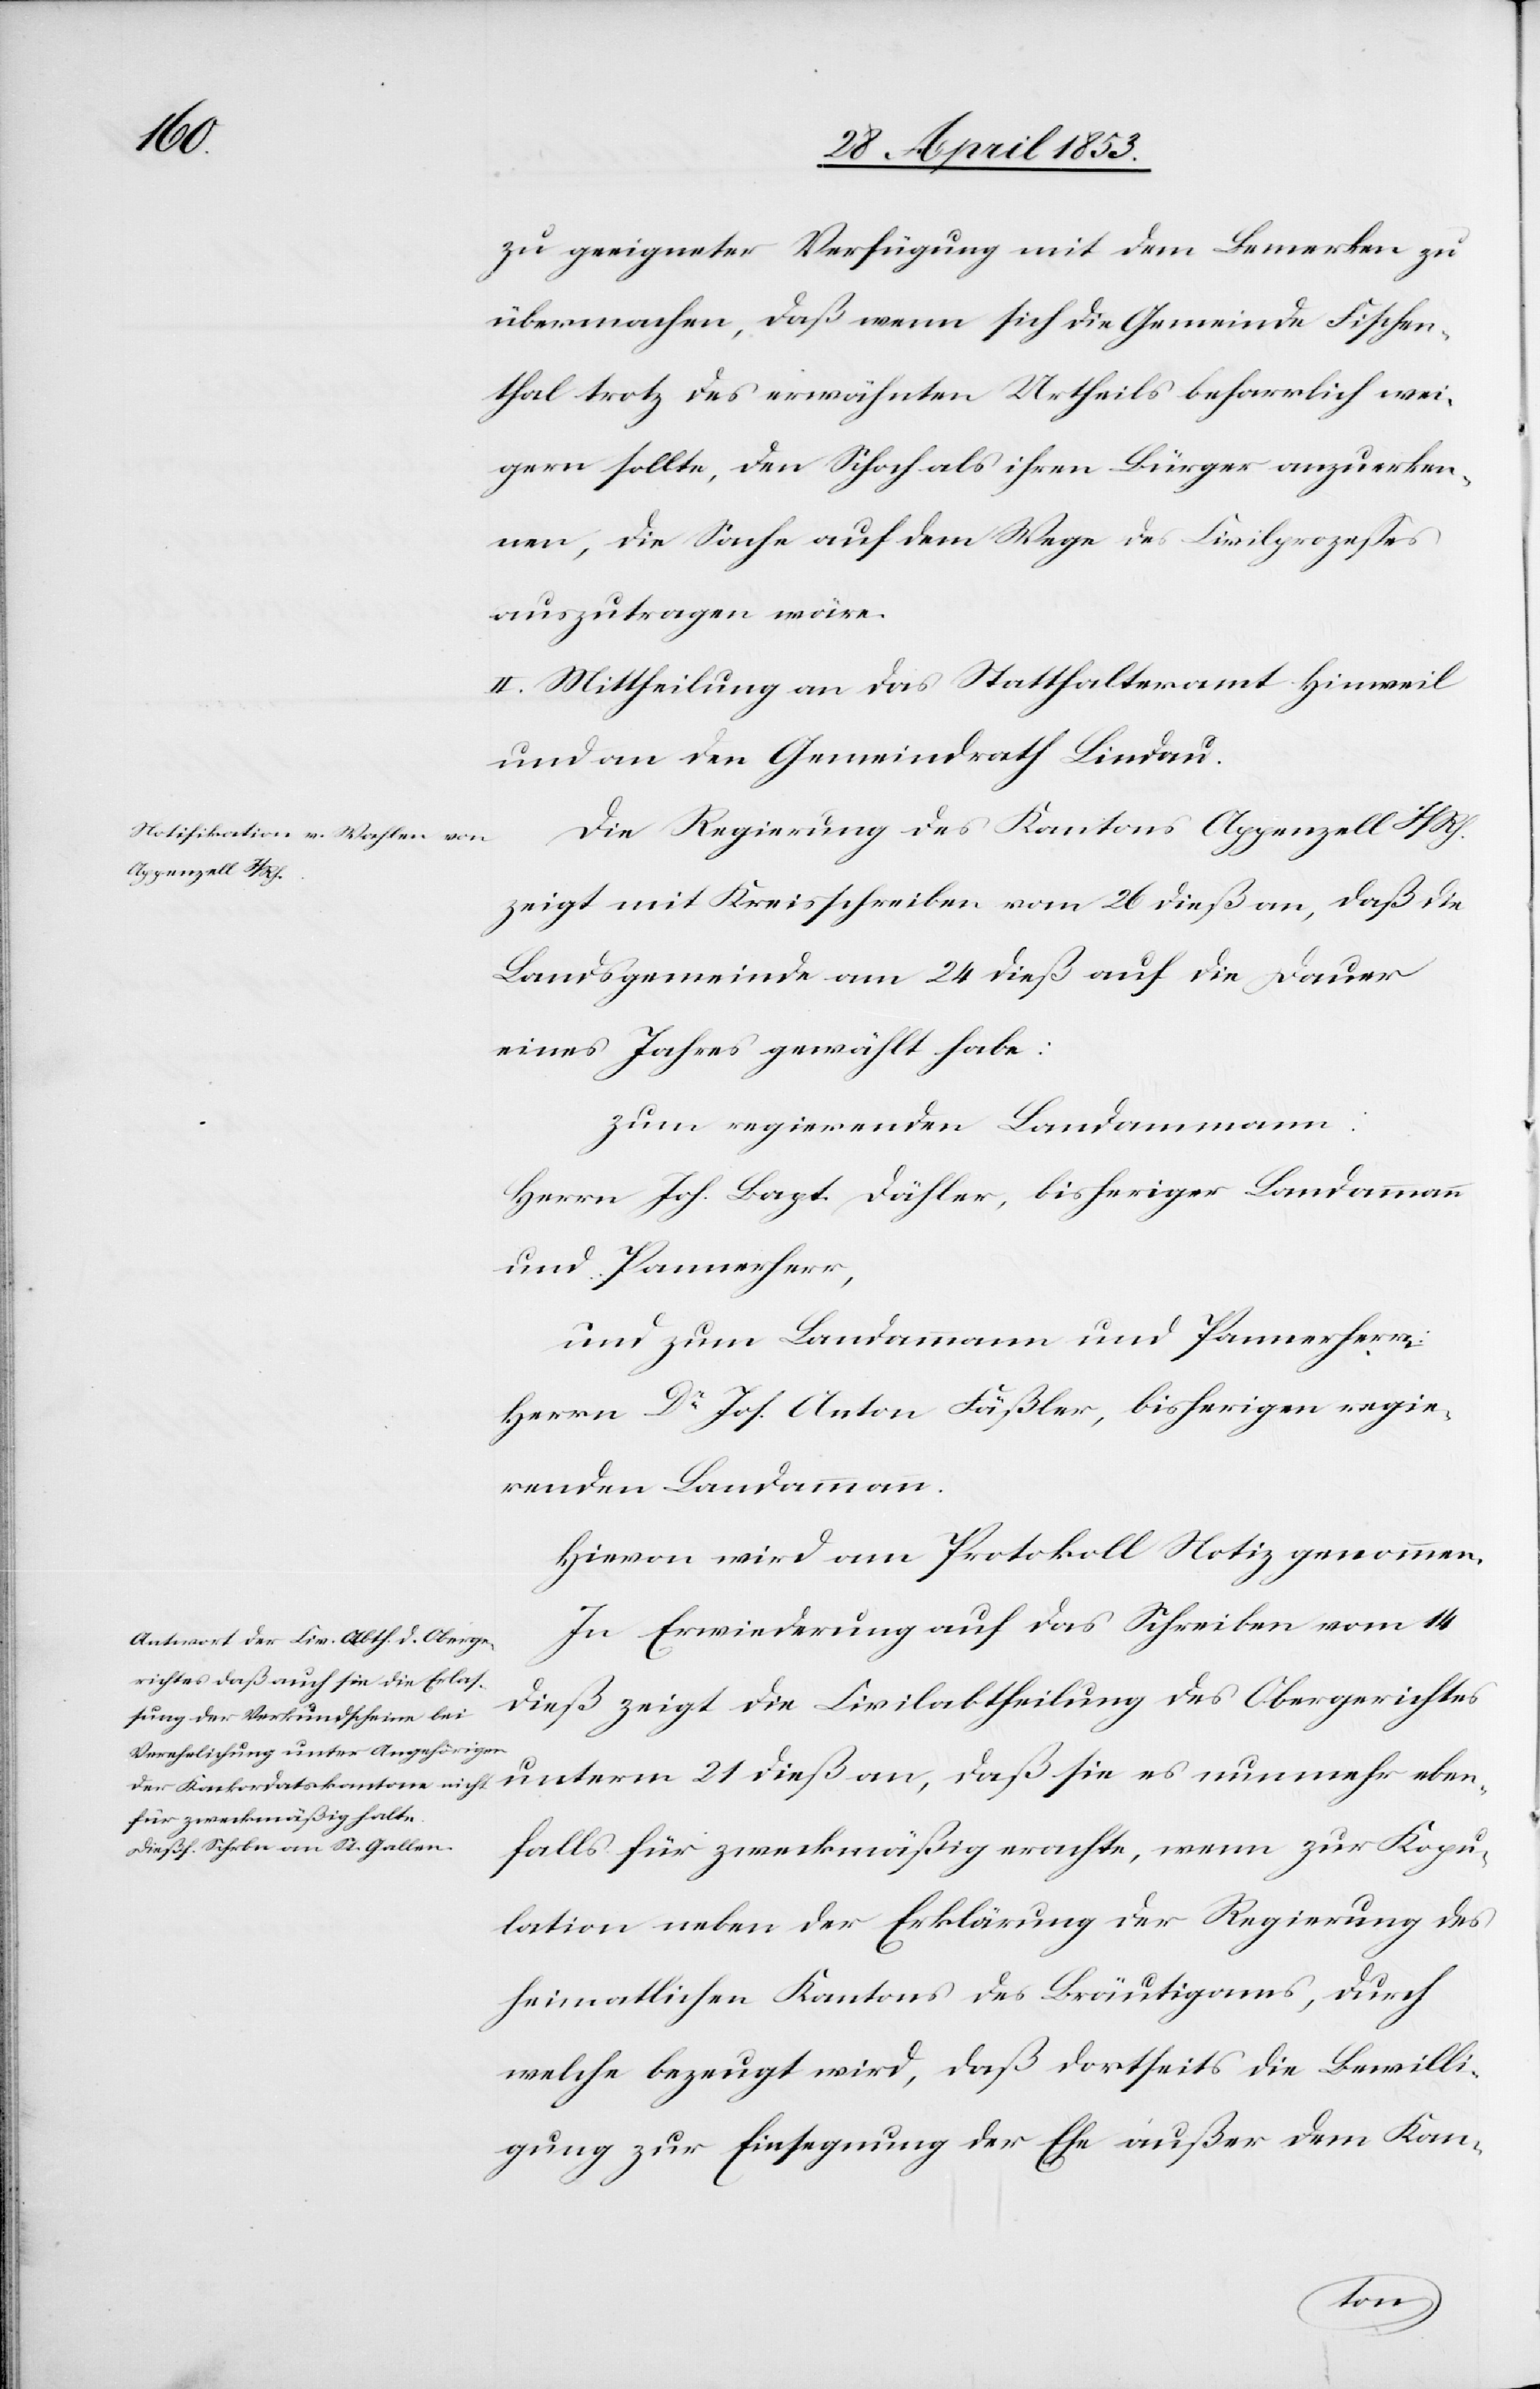
zu geeigneter Verfügung mit dem Bemerken zu
übermachen, daß wenn sich die Gemeinde Fischen¬
thal trotz des erwähnten Urtheils beharrlich wei¬
gern sollte, den Schoch als ihren Bürger anzuerken¬
nen, die Sache auf dem Wege des Civilprozeßes
auszutragen wäre.
II. Mittheilung an das Statthalteramt Hinweil
und an den Gemeindrath Lindau.
Die Regierung des Kantons Appenzell I/Rh.
zeigt mit Kreisschreiben vom 26 dieß an, daß die
Landsgemeinde am 24 dieß auf die Dauer
eines Jahres gewählt habe.
Zum regierenden Landammann:
Herrn Joh. Bagt. Dähler, bisheriger Landammann
und Pannerherr,
und zum Landammann und Pannerherr:
Herrn Dr. Jos. Anton Fäßler, bisheriger regie¬
renden Landammann.
Hievon wird am Protokoll Notiz genommen.
In Erwiederung auf das Schreiben vom 14
dieß zeigt die Civilabtheilung des Obergerichtes
unterm 21 dieß an, daß sie es nunmehr eben¬
falls für zweckmäßig erachte, wenn zur Kopu¬
lation neben der Erklärung der Regierung des
heimatlichen Kantons des Bräutigams, durch
welche bezeugt wird, daß dortseits die Bewilli¬
gung zur Einsegnung der Ehe außer dem Kan-